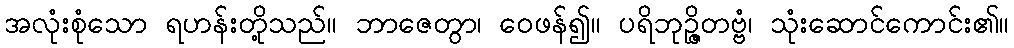
အလုံးစုံသော ရဟန်းတို့သည်။ ဘာဇေတွာ၊ ဝေဖန်၍။ ပရိဘုဉ္ဇိတဗ္ဗံ၊ သုံးဆောင်ကောင်း၏။